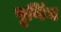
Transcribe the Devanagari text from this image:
पूर्णिम